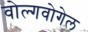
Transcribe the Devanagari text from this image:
वोल्गवोगेल